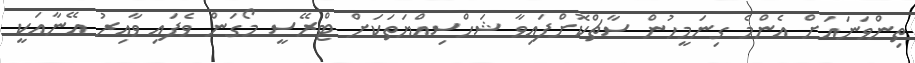
ތިންވަނައަށް އެންމެ ގިނަމީހުން ސާޗްކޮށްފައިވާ ޝަހްސިއްޔަތަކަށް ޓްރޭސީ މޯގަން ވެފައި ވާއިރު އޭނާއަކީ